Source: Handwritten
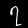
Digit: ၇ (7)